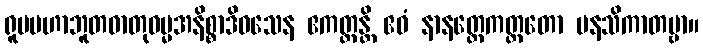
ရူပမဟာဘူတဓာတုဓမ္မအနိစ္စာဒိဝသေန ဧကတ္တန္တိ ဧဝံ နာနတ္တေကတ္တတော မနသိကာတဗ္ဗာ။